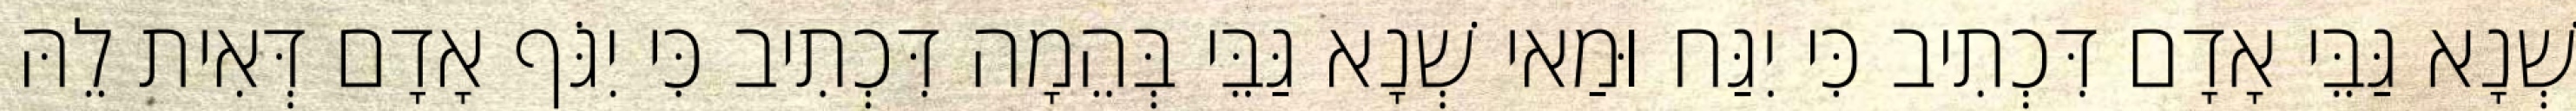
שְׁנָא גַּבֵּי אָדָם דִּכְתִיב כִּי יִגַּח וּמַאי שְׁנָא גַּבֵּי בְּהֵמָה דִּכְתִיב כִּי יִגֹּף אָדָם דְּאִית לֵהּ